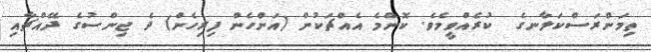
ތިމަންރަސްކަލާނގެ  ކުރެއްވީމެވެ. ކޮންމެ އެއްޗަކުން (އަންހެން ފިރިހެން) ދެ ޖިންސުގެ ދޭއްޗާއި